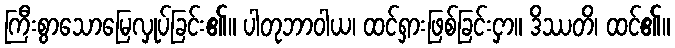
ကြီးစွာသောမြေလှုပ်ခြင်း၏။ ပါတုဘာဝါယ၊ ထင်ရှားဖြစ်ခြင်းငှာ။ ဒိဿတိ၊ ထင်၏။